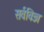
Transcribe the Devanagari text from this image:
सर्वविज्ञ